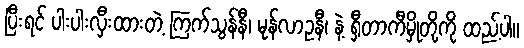
ပြီးရင် ပါးပါးလှီးထားတဲ့ ကြက်သွန်နီ၊ မုန်လာဥနီ၊ နဲ့ ရှီတာကီမှိုတို့ကို ထည့်ပါ။